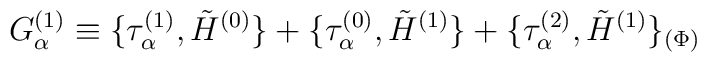
G_\alpha^{(1)} \equiv \{\tau_\alpha^{(1)}, \tilde H^{(0)}\} + \{\tau_\alpha^{(0)}, \tilde H^{(1)}\} + \{\tau_\alpha^{(2)}, \tilde H^{(1)}\}_{(\Phi)}\nonumber